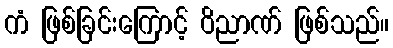
ကံ ဖြစ်ခြင်းကြောင့် ဝိညာဏ် ဖြစ်သည်။